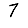
Digit: 7